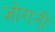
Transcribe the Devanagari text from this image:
जोगती